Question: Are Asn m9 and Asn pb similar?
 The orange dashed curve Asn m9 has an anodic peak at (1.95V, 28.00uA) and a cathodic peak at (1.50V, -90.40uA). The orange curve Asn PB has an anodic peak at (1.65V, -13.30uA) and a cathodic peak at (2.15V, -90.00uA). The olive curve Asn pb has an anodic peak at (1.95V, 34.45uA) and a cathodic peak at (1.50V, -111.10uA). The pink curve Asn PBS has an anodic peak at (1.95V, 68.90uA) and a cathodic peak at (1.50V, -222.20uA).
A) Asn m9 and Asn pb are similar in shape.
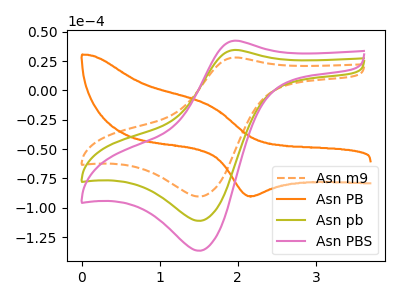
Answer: <think>All the peaks in "Asn m9" have a peak in "Asn pb" at the same potential. Every peak in "Asn m9" is lower than every peak in "Asn pb".
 </think>
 <answer>A) "Asn m9" and "Asn pb" are similar in shape.</answer>
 <eval>A</eval>